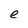
Character: e